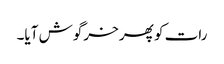
رات کو پھر خرگوش آیا۔